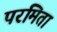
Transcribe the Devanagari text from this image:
परमिता